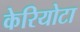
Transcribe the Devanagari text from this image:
केरियोटा